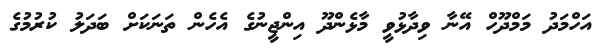
އަހްމަދު މަމްދޫހް އޭނާ ވިދާޅުވީ މާޅެންދޫ އިންޖީނުގެ އެހެން ތަނަކަށް ބަދަލު ކުރުމުގެ